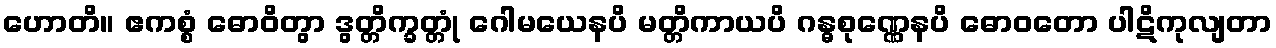
ဟောတိ။ ဧကစ္စံ ဓောဝိတွာ ဒွတ္တိက္ခတ္တုံ ဂေါမယေနပိ မတ္တိကာယပိ ဂန္ဓစုဏ္ဏေနပိ ဓောဝတော ပါဋိကုလျတာ